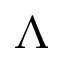
\Lambda